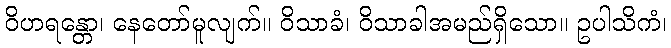
ဝိဟရန္တော၊ နေတော်မူလျက်။ ဝိသာခံ၊ ဝိသာခါအမည်ရှိသော။ ဥပါသိကံ၊